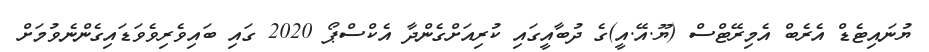
ޔުނައިޓެޑް އެރެބް އެމިރޭޓްސް (ޔޫ.އޭ.އީ)ގެ ދުބާއީގައި ކުރިއަށްގެންދާ އެކްސްޕޯ 2020 ގައި ބައިވެރިވެވަޑައިގެންނެވުމަށް